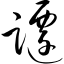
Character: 跹